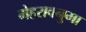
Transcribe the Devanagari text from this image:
मेहरावनुमा